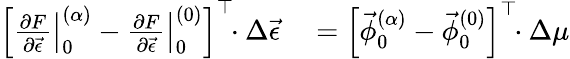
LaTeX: \begin{array}{rl}{\left[\left.\frac{\partial F}{\partial\vec{\epsilon}}\right|_{0}^{(\alpha)}-\left.\frac{\partial F}{\partial\vec{\epsilon}}\right|_{0}^{(0)}\right]^{\top}\! \! \cdot\Delta\vec{\epsilon}}&{{}=\left[\vec{\phi}_{0}^{(\alpha)}-\vec{\phi}_{0}^{(0)}\right]^{\top}\! \! \cdot\Delta\mu}\end{array}